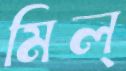
মিল্